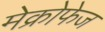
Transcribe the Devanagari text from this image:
मेक्रोफेज